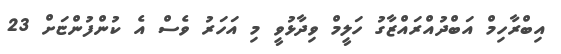
އިބްރާހިމް އަބްދުއްރައްޒާގު ހަލީމް ވިދާޅުވީ މި އަހަރު ވެސް އެ ކުންފުންޏަށް 23